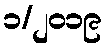
၁/၂၀၁၉